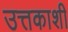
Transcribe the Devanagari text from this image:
उत्तकाशी